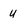
Character: u